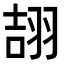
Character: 翓